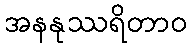
အနနုဿရိတာဝ